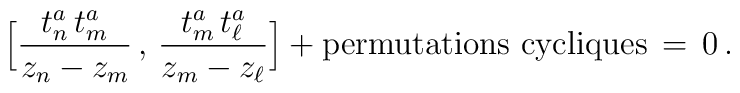
\Big[\frac{t^a_n\,t^a_{m}}{z_n-z_{m}}\,,\,        \frac{t^a_{m}\,t^a_{\ell}}{z_{m}-z_{\ell}}\Big]+        \mbox{permutations cycliques}\,=\,0\, .